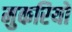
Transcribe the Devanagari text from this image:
मुकरियों